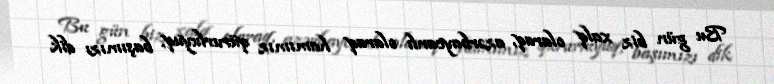
Bu gün biz xalq olaraq, azərbaycanlı olaraq hamımız qürurluyuq, başımızı dik